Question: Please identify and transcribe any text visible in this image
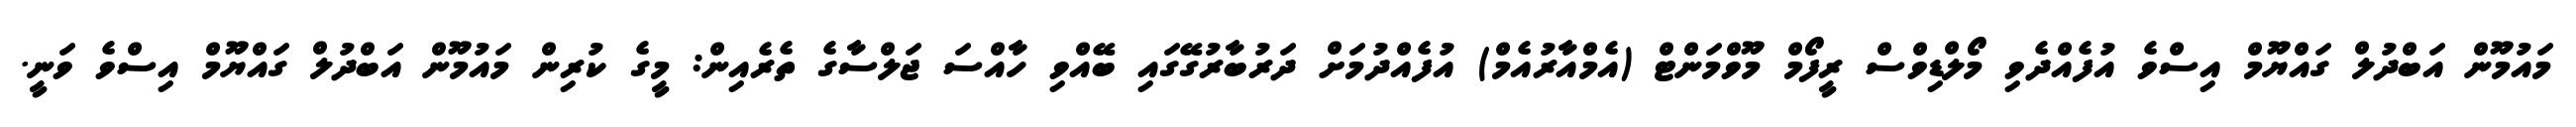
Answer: މައުމޫން އަބްދުލް ގައްޔޫމް އިސްވެ އުފެއްދެވި މޯލްޑިވްސް ރީފޯމް މޫވްމަންޓް (އެމްއާރުއެމް) އުފެއްދުމަށް ދަރުބާރުގޭގައި ބޭއްވި ހާއްސަ ޖަލްސާގެ ތެރެއިން: މީގެ ކުރިން މައުމޫން އަބްދުލް ގައްޔޫމް އިސްވެ ވަނީ.